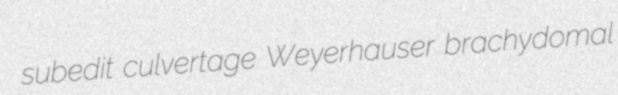
subedit culvertage Weyerhauser brachydomal